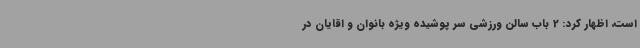
است، اظهار کرد: 2 باب سالن ورزشی سر پوشیده ویژه بانوان و اقایان در